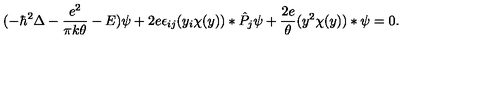
( - \hbar \sp 2 \Delta - { \frac { e \sp 2 } { \pi k \theta } } - E ) \psi + 2 e \epsilon _ { i j } ( y _ { i } \chi ( y ) ) * \hat { P } _ { j } \psi + { \frac { 2 e } { \theta } } ( y \sp 2 \chi ( y ) ) * \psi = 0 .